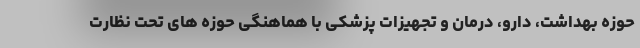
حوزه بهداشت، دارو، درمان و تجهیزات پزشکی با هماهنگی حوزه های تحت نظارت